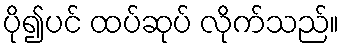
ပို၍ပင် ထပ်ဆုပ် လိုက်သည်။